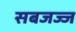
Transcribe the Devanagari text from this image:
सबजज्ज